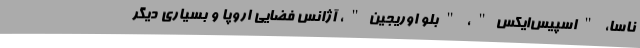
ناسا، "اسپیس‌ایکس"، "بلو اوریجین"، آژانس فضایی اروپا و بسیاری دیگر